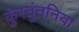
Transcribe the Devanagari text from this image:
कुंस्तुंतनिया